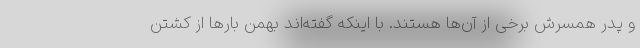
و پدر همسرش برخی از آن‌ها هستند. با اینکه گفته‌اند بهمن بارها از کشتن